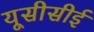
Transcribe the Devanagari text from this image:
यूसीसीई